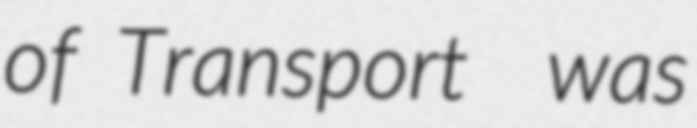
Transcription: of Transport  was